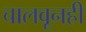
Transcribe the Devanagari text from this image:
चालवूनही